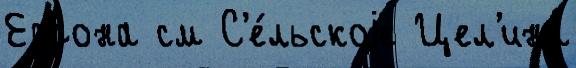
Ефрона см С'е́льскоjе Цел'ина́